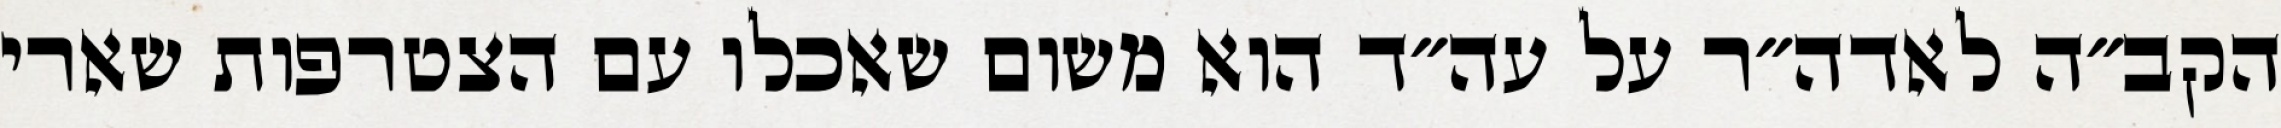
הקב״ה לאדה״ר על עה״ד הוא משום שאכלו עם הצטרפות שארי